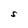
Character: S